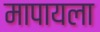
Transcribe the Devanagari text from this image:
मापायला